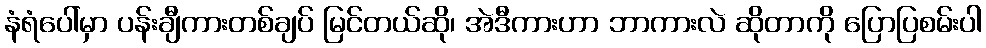
နံရံပေါ်မှာ ပန်းချီကားတစ်ချပ် မြင်တယ်ဆို၊ အဲဒီကားဟာ ဘာကားလဲ ဆိုတာကို ပြောပြစမ်းပါ